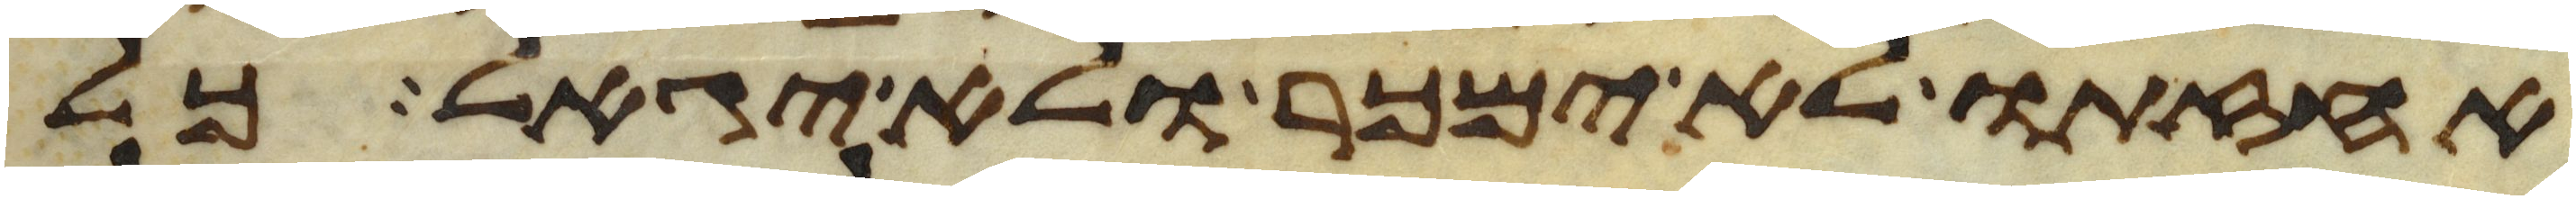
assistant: אחזתו לא ימכר ולא יגאל כל